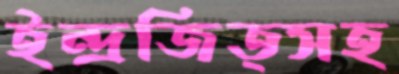
ইন্দ্রজিত্সহ